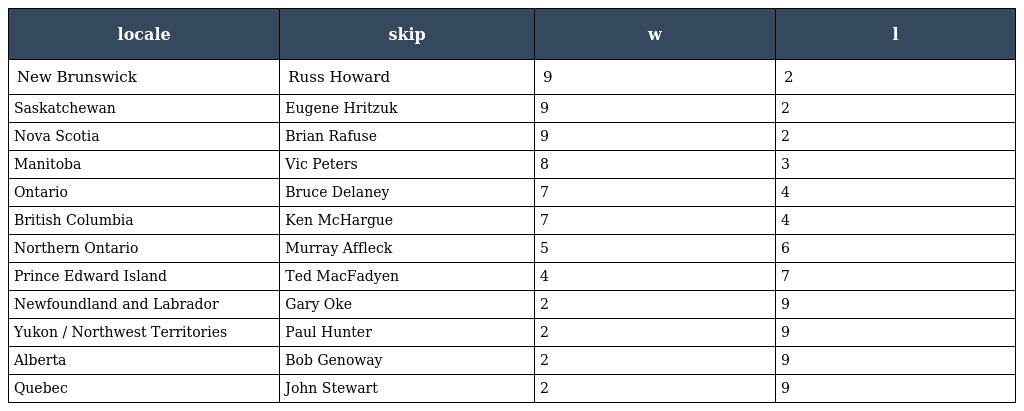
| locale | skip | w | l |
 | --- | --- | --- | --- |
 | New Brunswick | Russ Howard | 9 | 2 |
 | Saskatchewan | Eugene Hritzuk | 9 | 2 |
 | Nova Scotia | Brian Rafuse | 9 | 2 |
 | Manitoba | Vic Peters | 8 | 3 |
 | Ontario | Bruce Delaney | 7 | 4 |
 | British Columbia | Ken McHargue | 7 | 4 |
 | Northern Ontario | Murray Affleck | 5 | 6 |
 | Prince Edward Island | Ted MacFadyen | 4 | 7 |
 | Newfoundland and Labrador | Gary Oke | 2 | 9 |
 | Yukon / Northwest Territories | Paul Hunter | 2 | 9 |
 | Alberta | Bob Genoway | 2 | 9 |
 | Quebec | John Stewart | 2 | 9 |